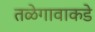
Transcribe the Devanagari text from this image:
तळेगावाकडे